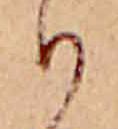
り